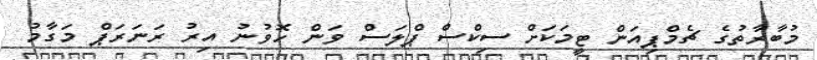
މުބާރާތުގެ ޗެމްޕިއަން ޓީމަކަށް ސިކްސް ޕްލަސް ވަން ހޮވުނު އިރު ރަނަރަޕް މަގާމު